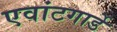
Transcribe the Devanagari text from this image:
एवांटगार्डे